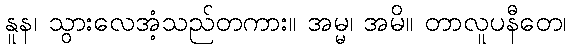
နူန၊ သွားလေအံ့သည်တကား။ အမ္မ၊ အမိ။ တာလူပနီတေ၊